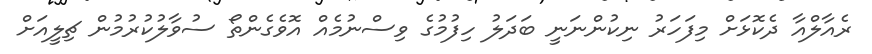
ރެއާލްއާ ދެކޮޅަށް މިފަހަރު ނިކުންނަނީ ބަދަލު ހިފުމުގެ ވިސްނުމެއް އޮވެގެންތޯ ސުވާލުކުރުމުން ޗިލީއަށް